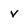
Character: v